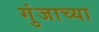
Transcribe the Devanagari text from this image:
गुंजाच्या